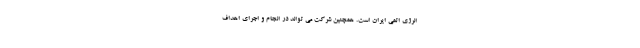
انرژی اتمی ایران است. همچنین شرکت می تواند در انجام و اجرای اهداف